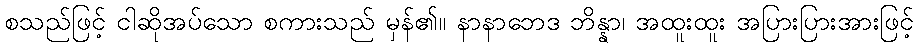
စသည်ဖြင့် ငါဆိုအပ်သော စကားသည် မှန်၏။ နာနာဘေဒ ဘိန္နာ၊ အထူးထူး အပြားပြားအားဖြင့်